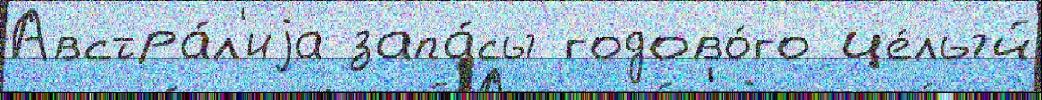
Австра́л'иjа запа́сы годово́го це́лый